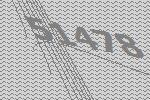
51478